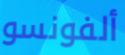
ألفونسو